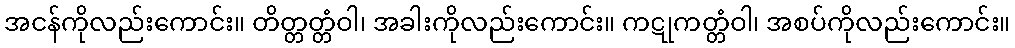
အငန်ကိုလည်းကောင်း။ တိတ္တတ္တံဝါ၊ အခါးကိုလည်းကောင်း။ ကဋုကတ္တံဝါ၊ အစပ်ကိုလည်းကောင်း။